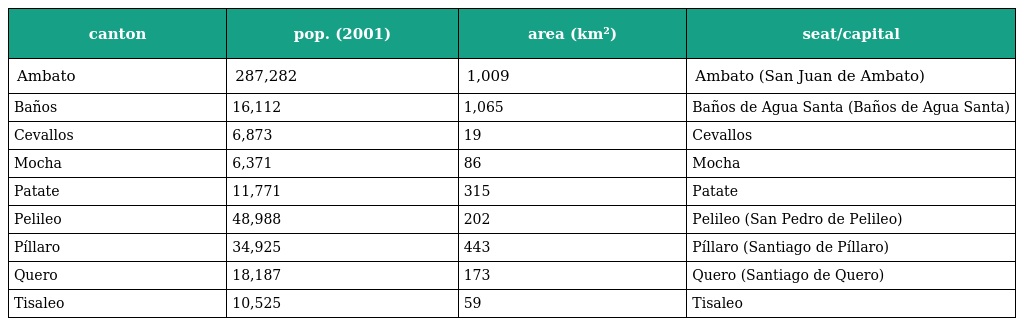
| canton | pop. (2001) | area (km²) | seat/capital |
 | --- | --- | --- | --- |
 | Ambato | 287,282 | 1,009 | Ambato (San Juan de Ambato) |
 | Baños | 16,112 | 1,065 | Baños de Agua Santa (Baños de Agua Santa) |
 | Cevallos | 6,873 | 19 | Cevallos |
 | Mocha | 6,371 | 86 | Mocha |
 | Patate | 11,771 | 315 | Patate |
 | Pelileo | 48,988 | 202 | Pelileo (San Pedro de Pelileo) |
 | Píllaro | 34,925 | 443 | Píllaro (Santiago de Píllaro) |
 | Quero | 18,187 | 173 | Quero (Santiago de Quero) |
 | Tisaleo | 10,525 | 59 | Tisaleo |